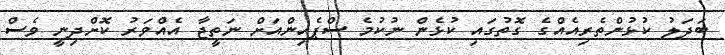
ބަދަލު ކުޅުންތެރިއެއްގެ ގޮތުގައި ކުޅެން ނުކުމެ ސްޕެއިންއަށް ނަތީޖާ އެއްވަރު ކޮށްދިނީ ވެސް